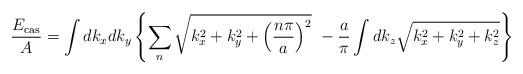
LaTeX: \begin{align*}\frac{E_{\rm cas}}{A} =\int dk_xdk_y\left\{\sum_n\sqrt{k_x^2+k_y^2+\left(\frac{n\pi}{a}\right)^2} ~-\frac{a}{\pi} \int dk_z \sqrt{k_x^2+k_y^2+k_z^2}\right\}\end{align*}